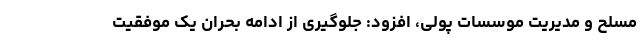
مسلح و مدیریت موسسات پولی، افزود: جلوگیری از ادامه بحران یک موفقیت